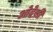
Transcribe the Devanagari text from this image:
ओदेसी